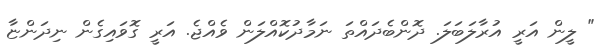
" ލީން އަރީ އުރާލަބަލަ. ދޮންބެދައްތަ ނަމާދުކޮއްލަން ވެއްޖެ. އަރީ ގޮވައިގެން ނިދަންޏާ